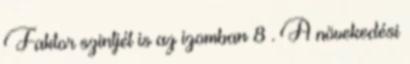
Faktor szintjét is az izomban 8 . A növekedési